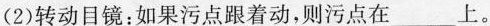
(2)转动目镜：如果污点跟着动，则污点在___上。